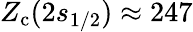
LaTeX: Z_{\mathrm{c}}(2s_{1/2})\approx 247